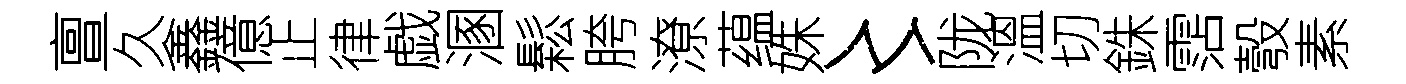
亶久鑫億止律戯溷鬆胯潦蕴姝〻陇溫切銖霑彀素